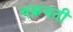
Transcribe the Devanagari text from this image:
चक्रचती